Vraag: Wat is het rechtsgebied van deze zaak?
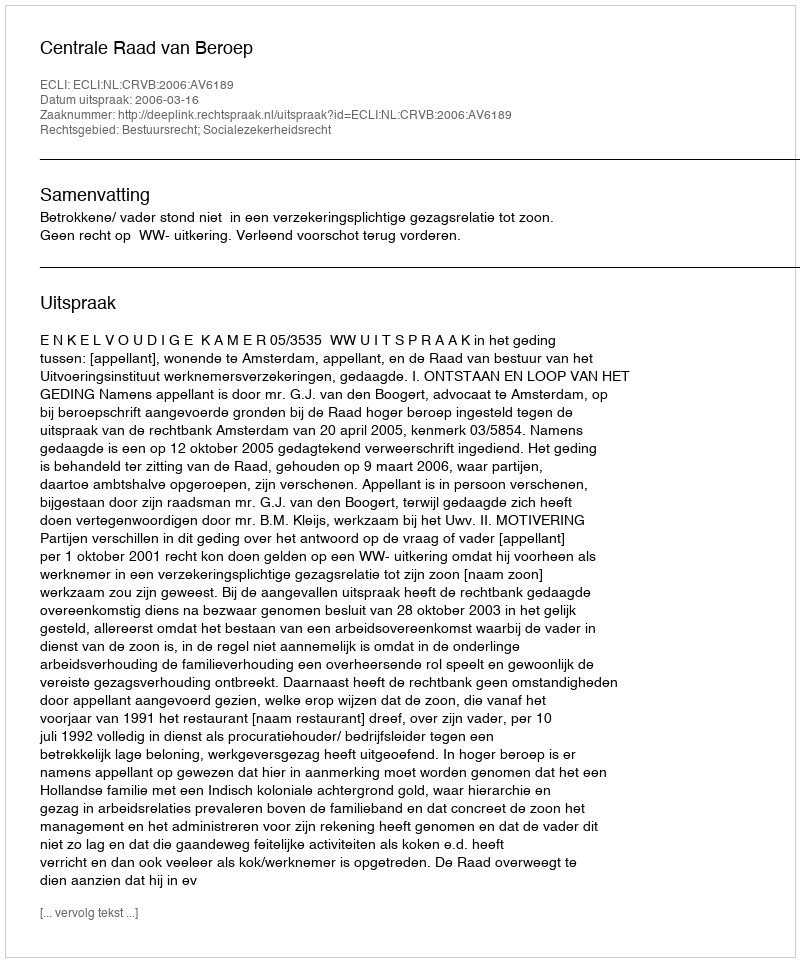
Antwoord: Bestuursrecht; Socialezekerheidsrecht